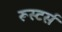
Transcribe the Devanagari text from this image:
रूस्टर्स